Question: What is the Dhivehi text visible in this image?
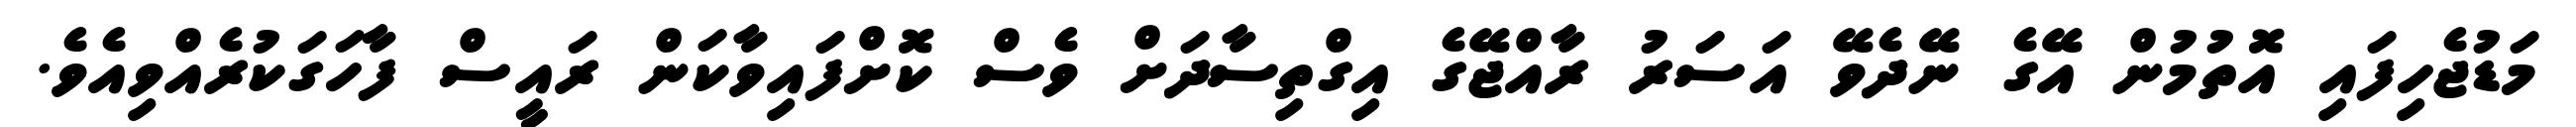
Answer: މަޑުޖެހިފައި އޮތުމުން އޭގެ ނޭދެވޭ އަސަރު ރާއްޖޭގެ އިގްތިސާދަށް ވެސް ކޮށްފައިވާކަން ރައީސް ފާހަގަކުރެއްވިއެވެ.